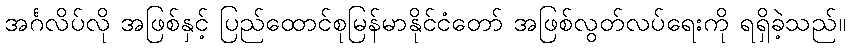
အင်္ဂလိပ်လို အဖြစ်နှင့် ပြည်ထောင်စုမြန်မာနိုင်ငံတော် အဖြစ်လွတ်လပ်ရေးကို ရရှိခဲ့သည်။